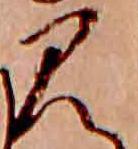
み